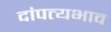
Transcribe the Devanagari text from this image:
दांपत्यभाव